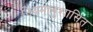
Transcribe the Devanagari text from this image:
नियमानुशासित